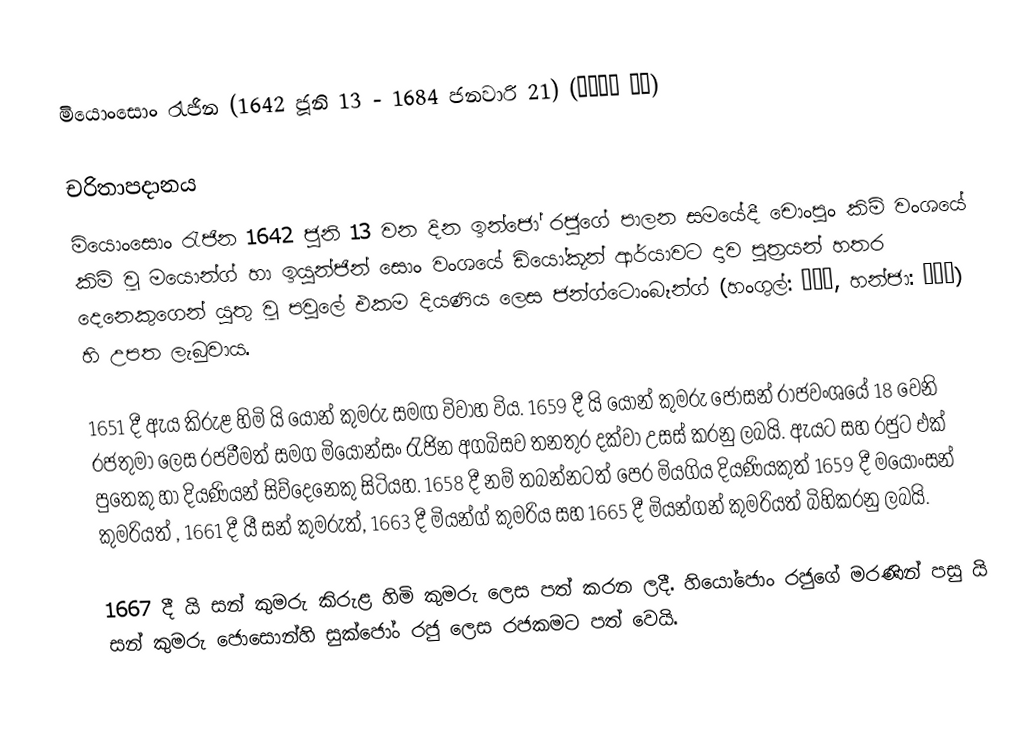
මියොංසොං රැජින (1642 ජූනි 13 - 1684 ජනවාරි 21) (명성왕후 김씨)

චරිතාපදානය
මියොංසොං රැජින 1642 ජුනි 13 වන දින ඉන්ජෝ රජුගේ පාලන සමයේදී චොංපුං කිම් වංශයේ කිම් වූ මයොන්ග් හා ඉයුන්ජින් සොං වංශයේ ඩියෝකූන් ආර්යාවට දාව පුත්‍රයන් හතර දෙනෙකුගෙන් යුතු වූ පවුලේ එකම දියණිය ලෙස ජන්ග්ටොංබෑන්ග් (හංගුල්: 장통방, හන්ජා: 長通坊) හි උපත ලැබුවාය.

1651 දී ඇය කිරුළ හිමි යි යොන් කුමරු සමඟ විවාහ විය. 1659 දී යි යොන් කුමරු ජෝසන් රාජවංශයේ 18 වෙනි රජතුමා ලෙස රජවීමත් සමග මියොන්සං රැජින අගබිසව තනතුර දක්වා උසස් කරනු ලබයි. ඇයට සහ රජුට එක් පුතෙකු හා දියණියන් සිව්දෙනෙකු සිටියහ. 1658 දී නම් තබන්නටත් පෙර මියගිය දියණියකුත් 1659 දී මයෝංසන් කුමරියත් , 1661 දී යී සන් කුමරුත්, 1663 දී මියන්ග් කුමරිය සහ 1665 දී මියන්ගන් කුමරියත් බිහිකරනු ලබයි.

1667 දී යි සන් කුමරු කිරුළ හිමි කුමරු ලෙස පත් කරන ලදී. හියෝජොං රජුගේ මරණින් පසු යි සන් කුමරු ජොසොන්හි සුක්ජෝං රජු ලෙස රජකමට පත් වෙයි.